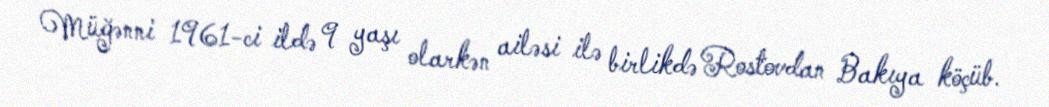
Müğənni 1961-ci ildə 9 yaşı olarkən ailəsi ilə birlikdə Rostovdan Bakıya köçüb.